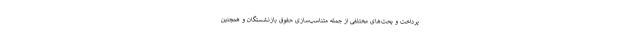
پرداخت و بحث‌های مختلفی از جمله متناسب‌سازی حقوق بازنشستگان و همچنین